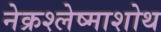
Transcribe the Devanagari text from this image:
नेक्रश्लेष्माशोथ